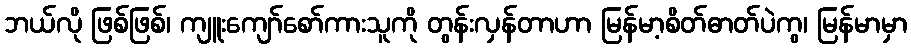
ဘယ်လို ဖြစ်ဖြစ်၊ ကျူးကျော်စော်ကားသူကို တွန်းလှန်တာဟာ မြန်မာ့စိတ်ဓာတ်ပဲကွ၊ မြန်မာမှာ